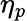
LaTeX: \eta_{p}